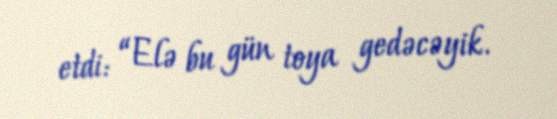
etdi: “Elə bu gün toya gedəcəyik.